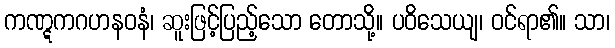
ကဏ္ဋကဂဟနဝနံ၊ ဆူးဖြင့်ပြည့်သော တောသို့။ ပဝိသေယျ၊ ဝင်ရာ၏။ သာ၊